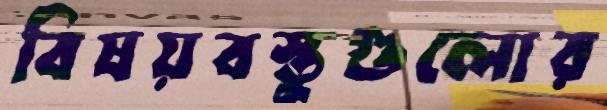
বিষয়বস্তুগুলোর